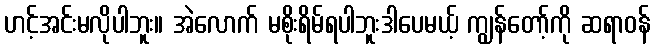
ဟင့်အင်းမလိုပါဘူး။ အဲလောက် မစိုးရိမ်ရပါဘူးဒါပေမယ့် ကျွန်တော့်ကို ဆရာဝန်